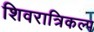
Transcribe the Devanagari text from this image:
शिवरात्रिकल्प